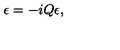
\epsilon = - i Q \epsilon ,